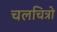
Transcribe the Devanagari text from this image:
चलचित्रो